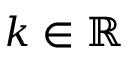
k \in \mathbb { R }